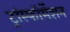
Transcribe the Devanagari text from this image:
ट्रांस्फॉर्मेशन